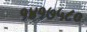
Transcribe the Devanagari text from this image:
१४१७५८०